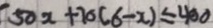
5 0 x + 7 0 ( 6 - x ) \leq 4 0 0